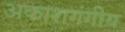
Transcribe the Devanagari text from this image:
अकाशगंगीय